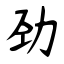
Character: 劲